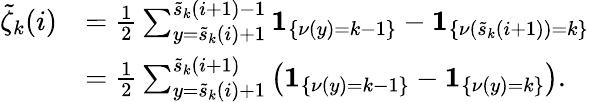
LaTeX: \begin{array}{rl}{\tilde{\zeta}_{k}(i)}&{=\frac{1}{2}\sum_{y=\tilde{s}_{k}(i)+1}^{\tilde{s}_{k}(i+1)-1}\mathbf{1}_{\{ \nu(y)=k-1\} }-\mathbf{1}_{\{ \nu\left(\tilde{s}_{k}(i+1)\right)=k\} }}\\ &{=\frac{1}{2}\sum_{y=\tilde{s}_{k}(i)+1}^{\tilde{s}_{k}(i+1)}\left(\mathbf{1}_{\{ \nu(y)=k-1\} }-\mathbf{1}_{\{ \nu(y)=k\} }\right).}\end{array}